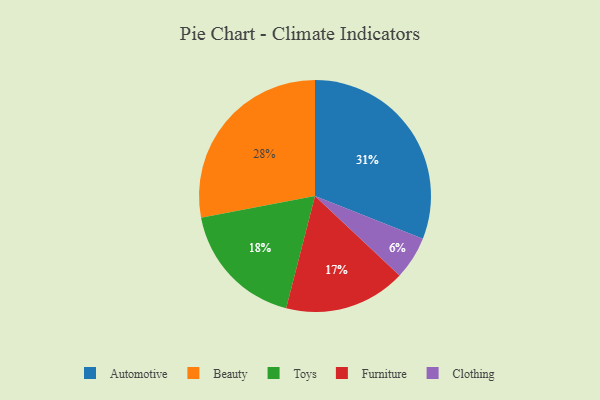
{"axis": {"x": "Category", "y": "Percentage"}, "legend": ["Automotive", "Beauty", "Clothing", "Furniture", "Toys"], "data": [{"x": "Furniture", "y": 17, "type": "Furniture"}, {"x": "Automotive", "y": 31, "type": "Automotive"}, {"x": "Clothing", "y": 6, "type": "Clothing"}, {"x": "Toys", "y": 18, "type": "Toys"}, {"x": "Beauty", "y": 28, "type": "Beauty"}]}